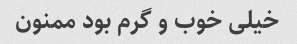
خیلی خوب و گرم بود ممنون